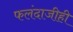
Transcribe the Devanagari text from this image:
फलंदाजीही